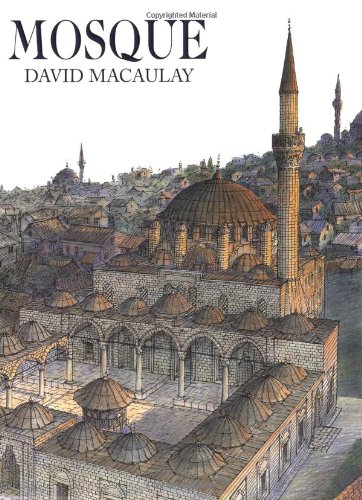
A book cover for Mosque; David Macaulay; Teen & Young Adult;